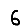
Digit: 6